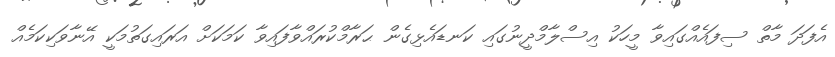
އެފަދަ މާތް ސިފައެއްގައިވާ މީހަކު އިސްލާމްދީނުގައި ކަނޑައެޅިގެން ޙަރާމްކުރައްވާފައިވާ ކަމަކަށް އަރައިގަތުމަކީ އޭނާވަކިކަމެއް